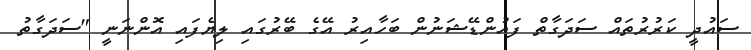
ސައުދީ ކަރުރުތައް ސަދަގާތް ފައުންޑޭޝަނުން ބަހާއިރު އޭގެ ބޭރުގައި ލިޔެފައި އޮންނަނީ "ސަދަގާތު